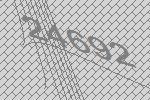
24692